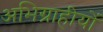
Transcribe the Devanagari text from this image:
अभिग्राहीयों